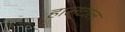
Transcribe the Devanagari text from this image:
हालटाल